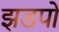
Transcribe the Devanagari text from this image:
झडपों